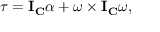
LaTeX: { \boldsymbol { \tau } } = \mathbf { I } _ { \mathbf { C } } { \boldsymbol { \alpha } } + { \boldsymbol { \omega } } \times \mathbf { I } _ { \mathbf { C } } { \boldsymbol { \omega } } ,